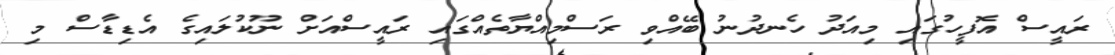
ރައީސް އޮފީހުގައި މިއަދު ހެނދުނު ބޭއްވި ރަސްމިއްޔާތެއްގައި ރައީސްއަށް ނޫކުލައިގެ އެޑިޑާސް މި